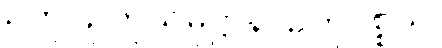
ဥတု၊ ဥတုသမုဋ္ဌာန၊ ဥတုပစ္စယ၊